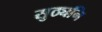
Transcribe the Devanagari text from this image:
सुठ्यनि